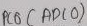
Text: ADCPC6 (ADC0)